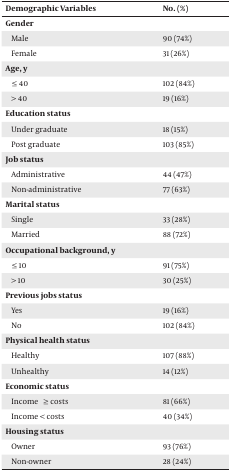
<table><thead><tr><td><b>Demographic Variables</b></td><td><b>No. (%)</b></td></tr></thead><tbody><tr><td><b>Gender</b></td><td></td></tr><tr><td>Male</td><td>90 (74%)</td></tr><tr><td>Female</td><td>31 (26%)</td></tr><tr><td><b>Age, y</b></td><td></td></tr><tr><td>≤ 40</td><td>102 (84%)</td></tr><tr><td>&gt; 40</td><td>19 (16%)</td></tr><tr><td><b>Education status</b></td><td></td></tr><tr><td>Under graduate</td><td>18 (15%)</td></tr><tr><td>Post graduate</td><td>103 (85%)</td></tr><tr><td><b>Job status</b></td><td></td></tr><tr><td>Administrative</td><td>44 (47%)</td></tr><tr><td>Non-administrative</td><td>77 (63%)</td></tr><tr><td><b>Marital status</b></td><td></td></tr><tr><td>Single</td><td>33 (28%)</td></tr><tr><td>Married</td><td>88 (72%)</td></tr><tr><td><b>Occupational background, y</b></td><td></td></tr><tr><td>≤ 10</td><td>91 (75%)</td></tr><tr><td>&gt; 10</td><td>30 (25%)</td></tr><tr><td><b>Previous jobs status</b></td><td></td></tr><tr><td>Yes</td><td>19 (16%)</td></tr><tr><td>No</td><td>102 (84%)</td></tr><tr><td><b>Physical health status</b></td><td></td></tr><tr><td>Healthy</td><td>107 (88%)</td></tr><tr><td>Unhealthy</td><td>14 (12%)</td></tr><tr><td><b>Economic status</b></td><td></td></tr><tr><td>Income ≥ costs</td><td>81 (66%)</td></tr><tr><td>Income &lt; costs</td><td>40 (34%)</td></tr><tr><td><b>Housing status</b></td><td></td></tr><tr><td>Owner</td><td>93 (76%)</td></tr><tr><td>Non-owner</td><td>28 (24%)</td></tr></tbody></table>